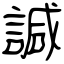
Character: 諴